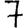
Digit: 7